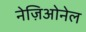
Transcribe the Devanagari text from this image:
नेज़िओनेल